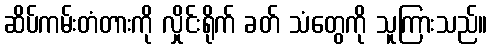
ဆိပ်ကမ်းတံတားကို လှိုင်းရိုက် ခတ် သံတွေကို သူကြားသည်။